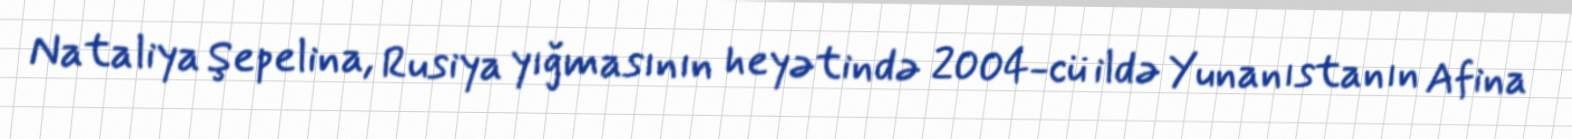
Nataliya Şepelina, Rusiya yığmasının heyətində 2004-cü ildə Yunanıstanın Afina